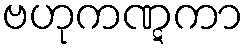
ဗဟုကဏ္ဋကာ